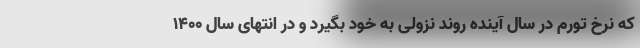
که نرخ تورم در سال آینده روند نزولی به خود بگیرد و در انتهای سال ۱۴۰۰